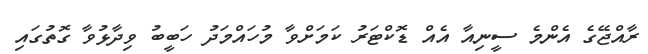
ރާއްޖޭގެ އެންމެ ސީނިއާ އެއް ޑޮކްޓަރު ކަމަށްވާ މުހައްމަދު ހަބީބު ވިދާޅުވާ ގޮތުގައި